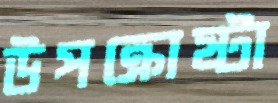
উপক্রোষ্টা